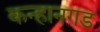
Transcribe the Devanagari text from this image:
कन्हानगड